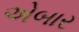
એબાર